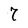
Character: 7